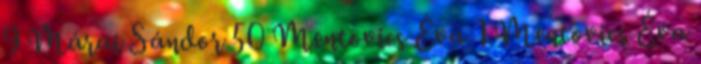
9 Márai Sándor 50 Mentovics Éva 1 Mentovics Éva